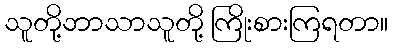
သူတို့ဘာသာသူတို့ ကြိုးစားကြရတာ။